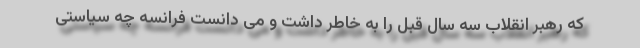
که رهبر انقلاب سه سال قبل را به خاطر داشت و می دانست فرانسه چه سیاستی